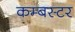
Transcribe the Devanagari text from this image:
कम्बस्टर